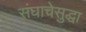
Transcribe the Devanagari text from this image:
संघाचेसुद्धा